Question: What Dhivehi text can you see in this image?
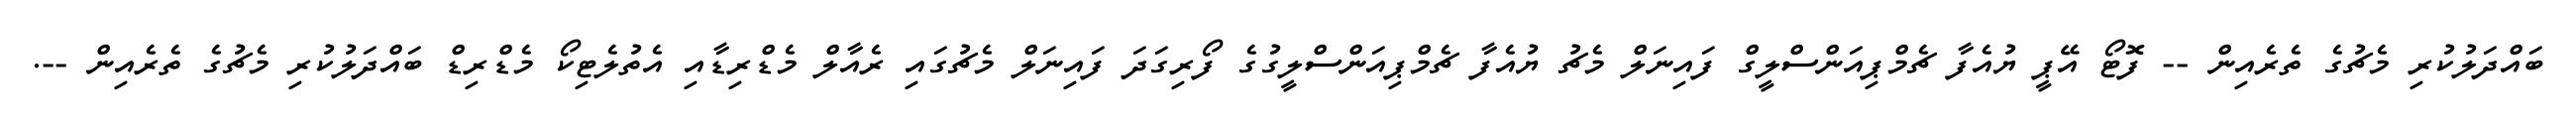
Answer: ބައްދަލުކުރި މެޗުގެ ތެރެއިން -- ފޮޓޯ އޭޕީ ޔުއެފާ ޗެމްޕިއަންސްލީގް ފައިނަލް މެޗު ޔުއެފާ ޗެމްޕިއަންސްލީގުގެ ފޯރިގަދަ ފައިނަލް މެޗުގައި ރެއާލް މެޑްރިޑާއި އެތުލެޓިކޯ މެޑްރިޑް ބައްދަލުކުރި މެޗުގެ ތެރެއިން --.